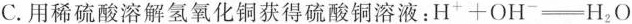
C.用稀硫酸溶解氢氧化铜获得硫酸铜溶液：$$H + O H ^ { - } \xlongequal